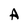
Character: A